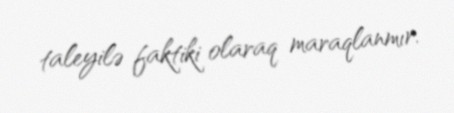
taleyilə faktiki olaraq maraqlanmır.